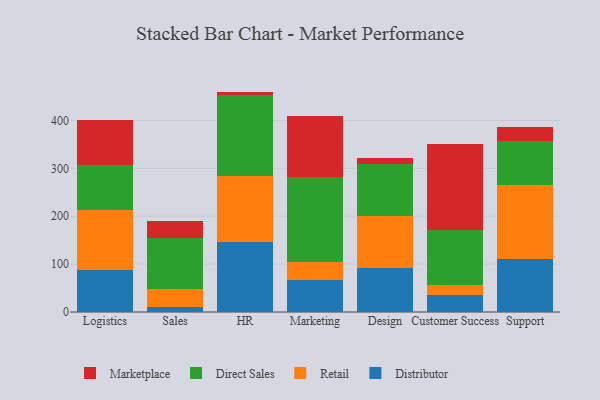
{"axis": {"x": "Department", "y": "Humidity (%)"}, "legend": ["Direct Sales", "Distributor", "Marketplace", "Retail"], "data": [{"x": "Logistics", "y": 88.2, "type": "Distributor"}, {"x": "Logistics", "y": 125.7, "type": "Retail"}, {"x": "Logistics", "y": 92.5, "type": "Direct Sales"}, {"x": "Logistics", "y": 93.9, "type": "Marketplace"}, {"x": "Sales", "y": 9.8, "type": "Distributor"}, {"x": "Sales", "y": 39.1, "type": "Retail"}, {"x": "Sales", "y": 106.6, "type": "Direct Sales"}, {"x": "Sales", "y": 35.0, "type": "Marketplace"}, {"x": "HR", "y": 146.7, "type": "Distributor"}, {"x": "HR", "y": 138.3, "type": "Retail"}, {"x": "HR", "y": 168.9, "type": "Direct Sales"}, {"x": "HR", "y": 6.3, "type": "Marketplace"}, {"x": "Marketing", "y": 67.1, "type": "Distributor"}, {"x": "Marketing", "y": 36.4, "type": "Retail"}, {"x": "Marketing", "y": 177.7, "type": "Direct Sales"}, {"x": "Marketing", "y": 129.1, "type": "Marketplace"}, {"x": "Design", "y": 91.3, "type": "Distributor"}, {"x": "Design", "y": 109.4, "type": "Retail"}, {"x": "Design", "y": 108.1, "type": "Direct Sales"}, {"x": "Design", "y": 13.2, "type": "Marketplace"}, {"x": "Customer Success", "y": 34.6, "type": "Distributor"}, {"x": "Customer Success", "y": 22.1, "type": "Retail"}, {"x": "Customer Success", "y": 114.7, "type": "Direct Sales"}, {"x": "Customer Success", "y": 179.0, "type": "Marketplace"}, {"x": "Support", "y": 110.8, "type": "Distributor"}, {"x": "Support", "y": 153.7, "type": "Retail"}, {"x": "Support", "y": 93.3, "type": "Direct Sales"}, {"x": "Support", "y": 28.4, "type": "Marketplace"}]}